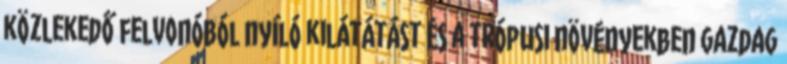
közlekedő felvonóból nyíló kilátátást és a trópusi növényekben gazdag